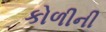
કોળીની